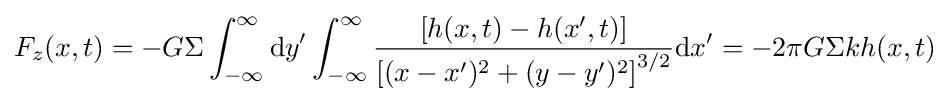
F_{z}(x,t)=-G\Sigma \int _{-\infty }^{\infty }\mathrm {d} y'\int _{-\infty }^{\infty }{\left[h(x,t)-h(x',t)\right] \over \left[(x-x')^{2}+(y-y')^{2}\right]^{3/2}}\mathrm {d} x'=-2\pi G\Sigma kh(x,t)